Report of the Indian Hemp Drugs Commission, 1894-1895 - Volume I
Year: 1894
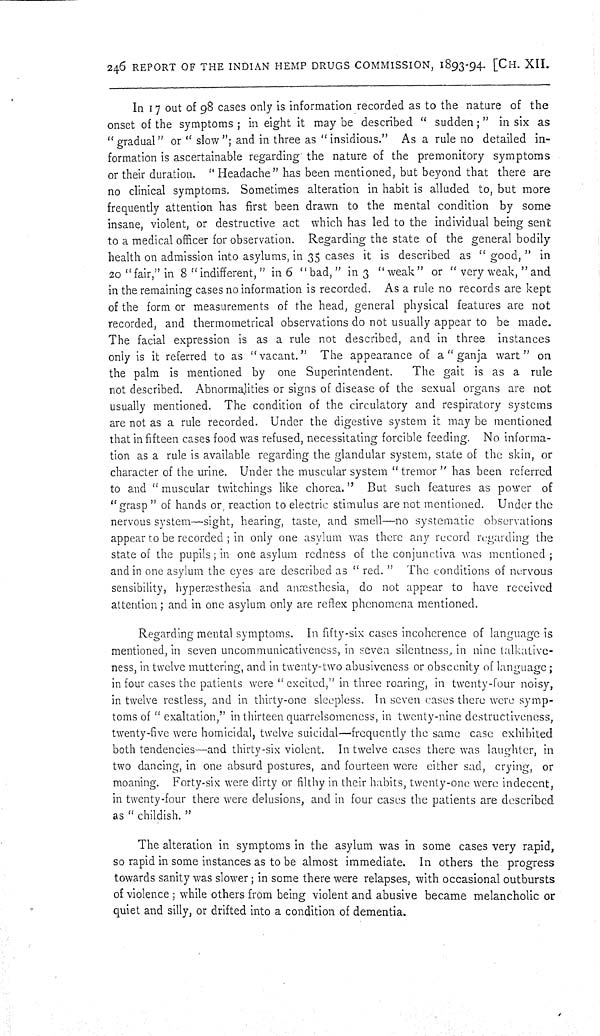
246 REPORT OF THE INDIAN HEMP DRUGS COMMISSION, 1893-94. [CH. XII.
In 17 out of 98 cases only is information recorded as to the nature of the
onset of the symptoms; in eight it may be described "sudden;" in six as
"gradual" or "slow"; and in three as "insidious." As a rule no detailed in-
formation is ascertainable regarding the nature of the premonitory symptoms
or their duration. "Headache" has been mentioned, but beyond that there are
no clinical symptoms. Sometimes alteration in habit is alluded to, but more
frequently attention has first been drawn to the mental condition by some
insane, violent, or destructive act which has led to the individual being sent
to a medical officer for observation. Regarding the state of the general bodily
health on admission into asylums, in 35 cases it is described as "good," in
20 "fair," in 8 "indifferent," in 6 "bad," in 3 "weak" or "very weak," and
in the remaining cases no information is recorded. As a rule no records are kept
of the form or measurements of the head, general physical features are not
recorded, and thermometrical observations do not usually appear to be made.
The facial expression is as a rule not described, and in three instances
only is it referred to as "vacant." The appearance of a "ganja wart" on
the palm is mentioned by one Superintendent.
The gait is as a rule
not described. Abnormalities or signs of disease of the sexual organs are not
usually mentioned. The condition of the circulatory and respiratory systems
are not as a rule recorded. Under the digestive system it may be mentioned
that in fifteen cases food was refused, necessitating forcible feeding. No informa-
tion as a rule is available regarding the glandular system, state of the skin, or
character of the urine. Under the muscular system "tremor" has been referred
to and "muscular twitchings like chorea." But such features as power of
"grasp" of hands or reaction to electric stimulus are not mentioned. Under the
nervous system—sight, hearing, taste, and smell—no systematic observations
appear to be recorded; in only one asylum was there any record regarding the
state of the pupils; in one asylum redness of the conjunctiva was mentioned;
and in one asylum the eyes are described as "red." The conditions of nervous
sensibility, hyperæsthesia and anæsthesia, do not appear to have received
attention; and in one asylum only are reflex phenomena mentioned.
Regarding mental symptoms. In fifty-six cases incoherence of language is
mentioned, in seven uncommunicativeness, in seven silentness, in nine talkative-
ness, in twelve muttering, and in twenty-two abusiveness or obscenity of language;
in four cases the patients were "excited," in three roaring, in twenty-four noisy,
in twelve restless, and in thirty-one sleepless. In seven cases there were symp-
toms of "exaltation," in thirteen quarrelsomeness, in twenty-nine destructiveness,
twenty-five were homicidal, twelve suicidal—frequently the same case exhibited
both tendencies—and thirty-six violent. In twelve cases there was laughter, in
two dancing, in one absurd postures, and fourteen were either sad, crying, or
moaning. Forty-six were dirty or filthy in their habits, twenty-one were indecent,
in twenty-four there were delusions, and in four cases the patients are described
as "childish."
The alteration in symptoms in the asylum was in some cases very rapid,
so rapid in some instances as to be almost immediate. In others the progress
towards sanity was slower; in some there were relapses, with occasional outbursts
of violence; while others from being violent and abusive became melancholic or
quiet and silly, or drifted into a condition of dementia.